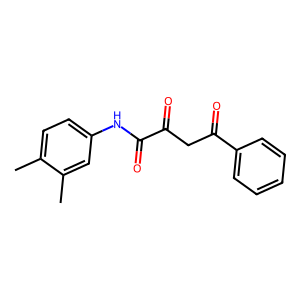
SMILES: Cc1ccc(NC(=O)C(=O)CC(=O)c2ccccc2)cc1C
Inhibits HIV replication: No